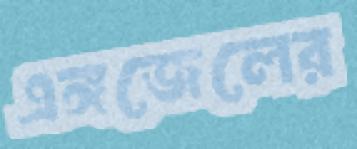
এঙ্গজেলের